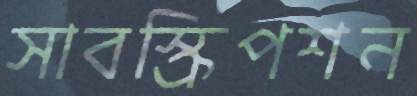
সাবস্ক্রিপশন